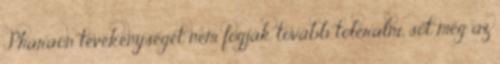
Pharaon tevékenységét nem fogják tovább tolerálni, sőt még az